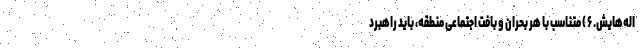
اله‌هایش. ۶ ) متناسب با هر بحران و بافت اجتماعی منطقه، باید راهبرد